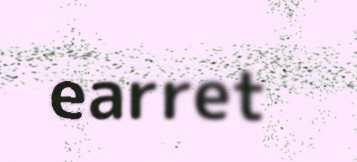
earret